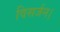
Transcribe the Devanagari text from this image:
विसर्जन।